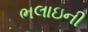
ભલાઇની